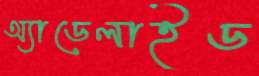
অ্যাডেলাইড